Lunatic asylums Central Provinces reports 1895-1909 - 1895-1909
Year: 1895
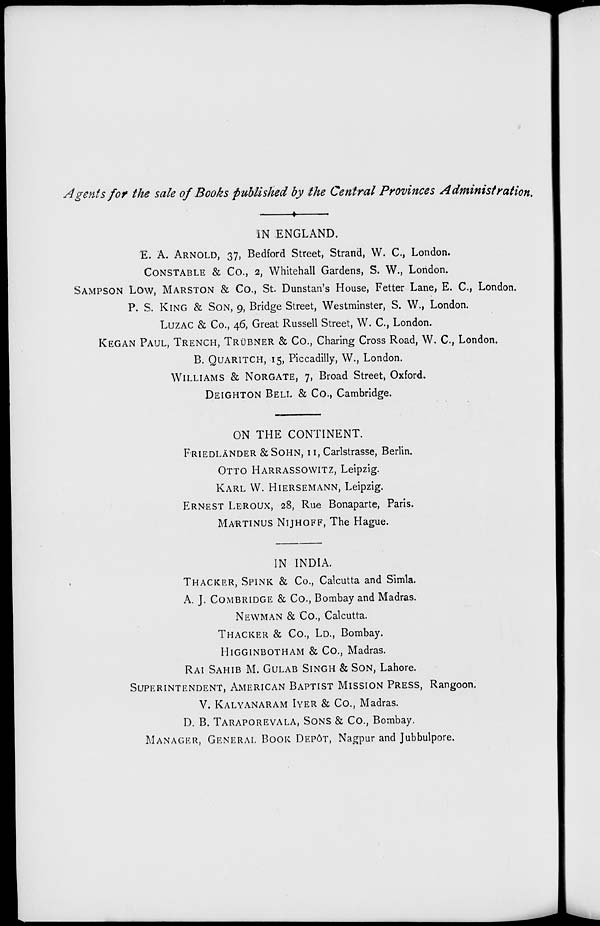
Agents for the sale of Books published by the Central Provinces Administration.
IN ENGLAND.
E. A. ARNOLD, 37, Bedford Street, Strand, W. C., London.
CONSTABLE & Co., 2, Whitehall Gardens, S. W., London.
SAMPSON LOW, MARSTON & Co., St. Dunstan's House, Fetter Lane, E. C., London.
P. S. KING & SON, 9, Bridge Street, Westminster, S. W., London.
LUZAC & Co., 46, Great Russell Street, W. C, London.
KEGAN PAUL, TRENCH, TRÜBNER & Co., Charing Cross Road, W. C, London.
B. QUARITCH, 15, Piccadilly, W., London.
WILLIAMS & NORGATE, 7, Broad Street, Oxford.
DEIGHTON BELL & Co., Cambridge.
ON THE CONTINENT.
FRIEDLÄNDER & SOHN, 11, Carlstrasse, Berlin,
OTTO HARRASSOWITZ, Leipzig.
KARL W. HIERSEMANN, Leipzig.
ERNEST LEROUX, 28, Rue Bonaparte, Paris.
MARTINUS NIJHOFF, The Hague.
IN INDIA.
THACKER, SPINK & Co., Calcutta and Simla.
A. J. COMBRIDGE & Co., Bombay and Madras.
NEWMAN & Co., Calcutta.
THACKER & Co., Ld., Bombay.
HIGGINBOTHAM & Co., Madras.
RAI SAHIB M. GULAB SINGH & SON, Lahore.
SUPERINTENDENT, AMERICAN BAPTIST MISSION PRESS, Rangoon.
V. KALYANARAM IYER & Co., Madras.
D. B. TARAPOREVALA, SONS & Co., Bombay.
MANAGER, GENERAL BOOK DEPÔT, Nagpur and Jubbulpore.